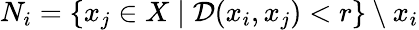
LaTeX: N_{i}=\{ x_{j}\in X\mid\mathcal{D}(x_{i},x_{j})<r\} \setminus x_{i}